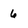
Character: 6